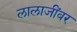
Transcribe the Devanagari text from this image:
लालाजींवर